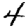
Digit: 4